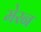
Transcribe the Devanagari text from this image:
मेरन